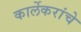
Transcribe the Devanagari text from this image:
कार्लेकरांचे